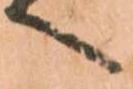
へ